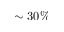
\sim 3 0 \%